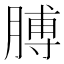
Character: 膊